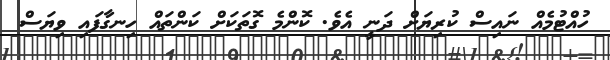
ހުއްޓުމެއް ނައިސް ކުރިޔަށް ދަނީ އެވެ. ކޮންމެ ގޮތަކަށް ކަންތައް ހިނގާފައި ވިޔަސް